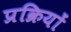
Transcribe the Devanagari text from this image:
प्रक्रियों